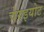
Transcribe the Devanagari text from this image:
चेरुइयोट